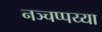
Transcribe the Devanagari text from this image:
नञ्चप्पय्या